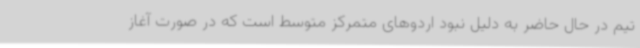
تیم در حال حاضر به دلیل نبود اردوهای متمرکز متوسط است که در صورت آغاز